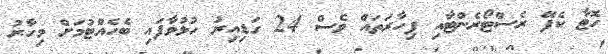
ހޮޓާ ކެފޭ ރެސްޓޯރެންޓާއި ފިހާރަތައް ވެސް 24 ގަޑިއިރު ހުޅުވާފައި ބެހެއްޓުމަށް މިހާރު